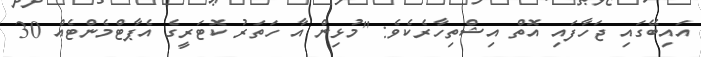
އައިބޭގައި ޖަހާފައި އޮތް އިޝްތިހާރެކެވެ: "މުޅިންް އާ ހަތަރު ކޮޓަރީގެ އެޕާޓްމެންޓެއް 30